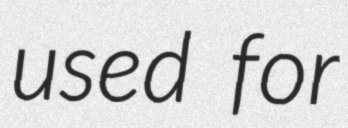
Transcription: used for